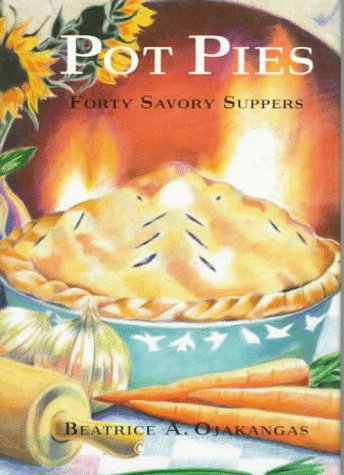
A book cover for Pot Pies: Forty Savory Suppers; Beatrice Ojakangas; Cookbooks, Food & Wine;